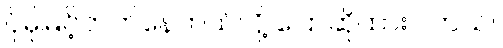
ပိုမိုမြင့်တက်နေတယ်လို့ ပြောဆိုထားပါတယ်။